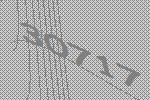
30717